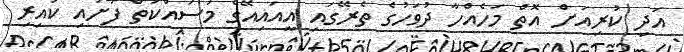
އަދި ކުރިއަށް އޮތް މަހެއްހާ ދުވަހުގެ ތެރޭގައި އީއައިއޭގެ މަސައްކަތް ފަށައި ކައިރި